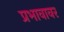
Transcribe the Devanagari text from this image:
प्रभावावर